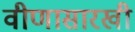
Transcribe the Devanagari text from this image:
वीणासारखी